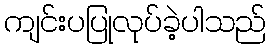
ကျင်းပပြုလုပ်ခဲ့ပါသည်